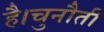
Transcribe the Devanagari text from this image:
है।चुनौती